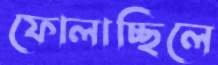
ফোলাচ্ছিলে